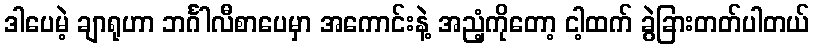
ဒါပေမဲ့ ချာရုဟာ ဘင်္ဂါလီစာပေမှာ အကောင်းနဲ့ အညံ့ကိုတော့ ငါ့ထက် ခွဲခြားတတ်ပါတယ်